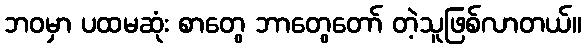
ဘဝမှာ ပထမဆုံး စာတွေ ဘာတွေတော် တဲ့သူဖြစ်လာတယ်။